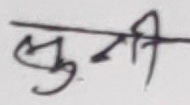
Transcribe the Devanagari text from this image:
लुनी